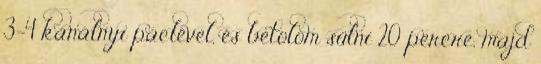
3-4 kanálnyi páclével, és betolom sülni 20 percre, majd